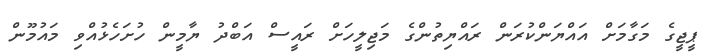
ޕީޖީގެ މަގާމަށް އައްޔަންކުރަން ރައްޔިތުންގެ މަޖިލީހަށް ރައީސް އަބްދު ޔާމީން ހުށަހެޅުއްވި މައުމޫން